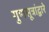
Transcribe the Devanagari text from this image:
गुणसूत्रांद्वारे